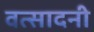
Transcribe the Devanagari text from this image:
वत्सादनी